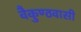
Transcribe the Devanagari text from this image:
वैकुण्ठवासी